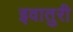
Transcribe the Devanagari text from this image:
इवातुरी